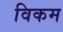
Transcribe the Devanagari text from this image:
विकम